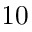
1 0